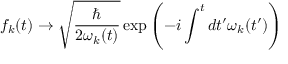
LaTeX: f _ { k } ( t ) \rightarrow { \sqrt { \frac { \hbar } { 2 \omega _ { k } ( t ) } } } \exp \left( - i \int ^ { t } d t ^ { \prime } \omega _ { k } ( t ^ { \prime } ) \right)